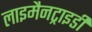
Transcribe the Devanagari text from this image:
लाइमैनट्राइडी